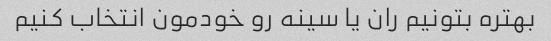
بهتره بتونیم ران یا سینه رو خودمون انتخاب کنیم